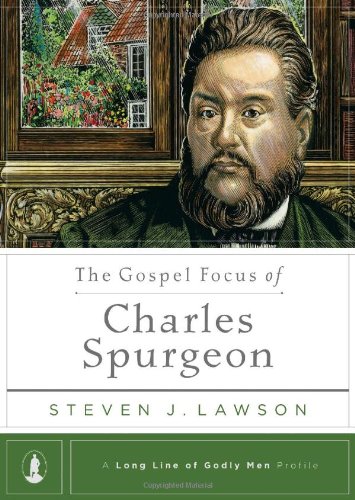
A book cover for The Gospel Focus of Charles Spurgeon (A Long Line of Godly Men Profile) (Long Line of Godly Men Profiles); Steven J. Lawson; Christian Books & Bibles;